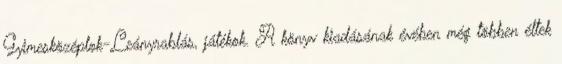
Gyimesközéplok-Leányrablás, játékok. A könyv kiadásának évében még többen éltek